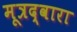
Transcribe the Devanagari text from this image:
मूत्रद्वारा